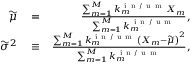
\begin{array} { r l r } { \widetilde { \mu } } & { { } = } & { \frac { \sum _ { m = 1 } ^ { M } k _ { m } ^ { \mathrm { ~ i ~ n ~ / ~ u ~ m ~ } } X _ { m } } { \sum _ { m = 1 } ^ { M } k _ { m } ^ { \mathrm { ~ i ~ n ~ / ~ u ~ m ~ } } } , } \\ { \widetilde { \sigma } ^ { 2 } } & { { } \equiv } & { \frac { \sum _ { m = 1 } ^ { M } k _ { m } ^ { \mathrm { ~ i ~ n ~ / ~ u ~ m ~ } } \left( X _ { m } - \widetilde { \mu } \right) ^ { 2 } } { \sum _ { m = 1 } ^ { M } k _ { m } ^ { \mathrm { ~ i ~ n ~ / ~ u ~ m ~ } } } , } \end{array}